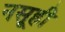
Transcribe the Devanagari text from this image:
नसूही